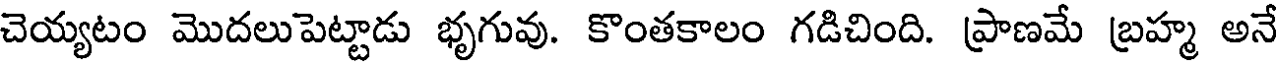
చెయ్యటం మొదలుపెట్టాడు భృగువు. కొంతకాలం గడిచింది. ప్రాణమే బ్రహ్మ అనే